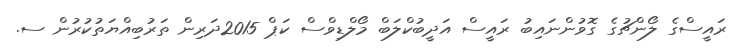
ރައީސްގެ ލޯންޗުގެ ގޮވުންނައިބު ރައީސް އަދީބުކްލަބް މޯލްޑިވްސް ކަޕް 2015ދަރިން ތަރުބިއްޔަތުކުރުން ސ.